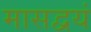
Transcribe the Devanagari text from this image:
मासद्वयं